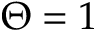
\Theta = 1